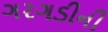
ગરગડીની